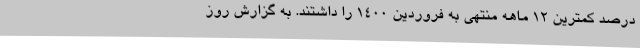
درصد کمترین ۱۲ ماهه منتهی به فروردین ۱۴۰۰ را داشتند. به گزارش روز